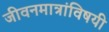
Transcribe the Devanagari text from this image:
जीवनमात्रांविषयी